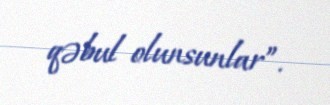
qəbul olunsunlar”.